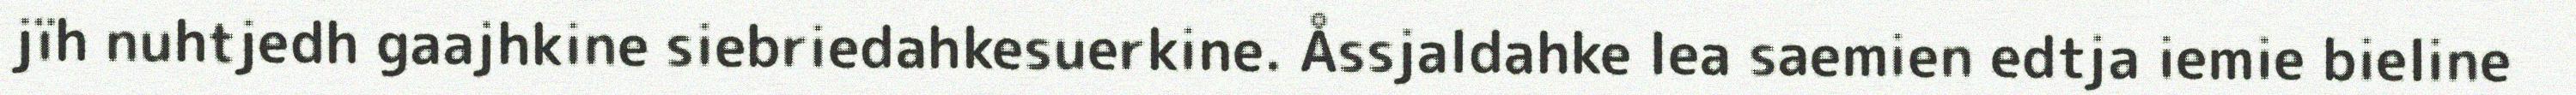
jïh nuhtjedh gaajhkine siebriedahkesuerkine. Åssjaldahke lea saemien edtja iemie bieline